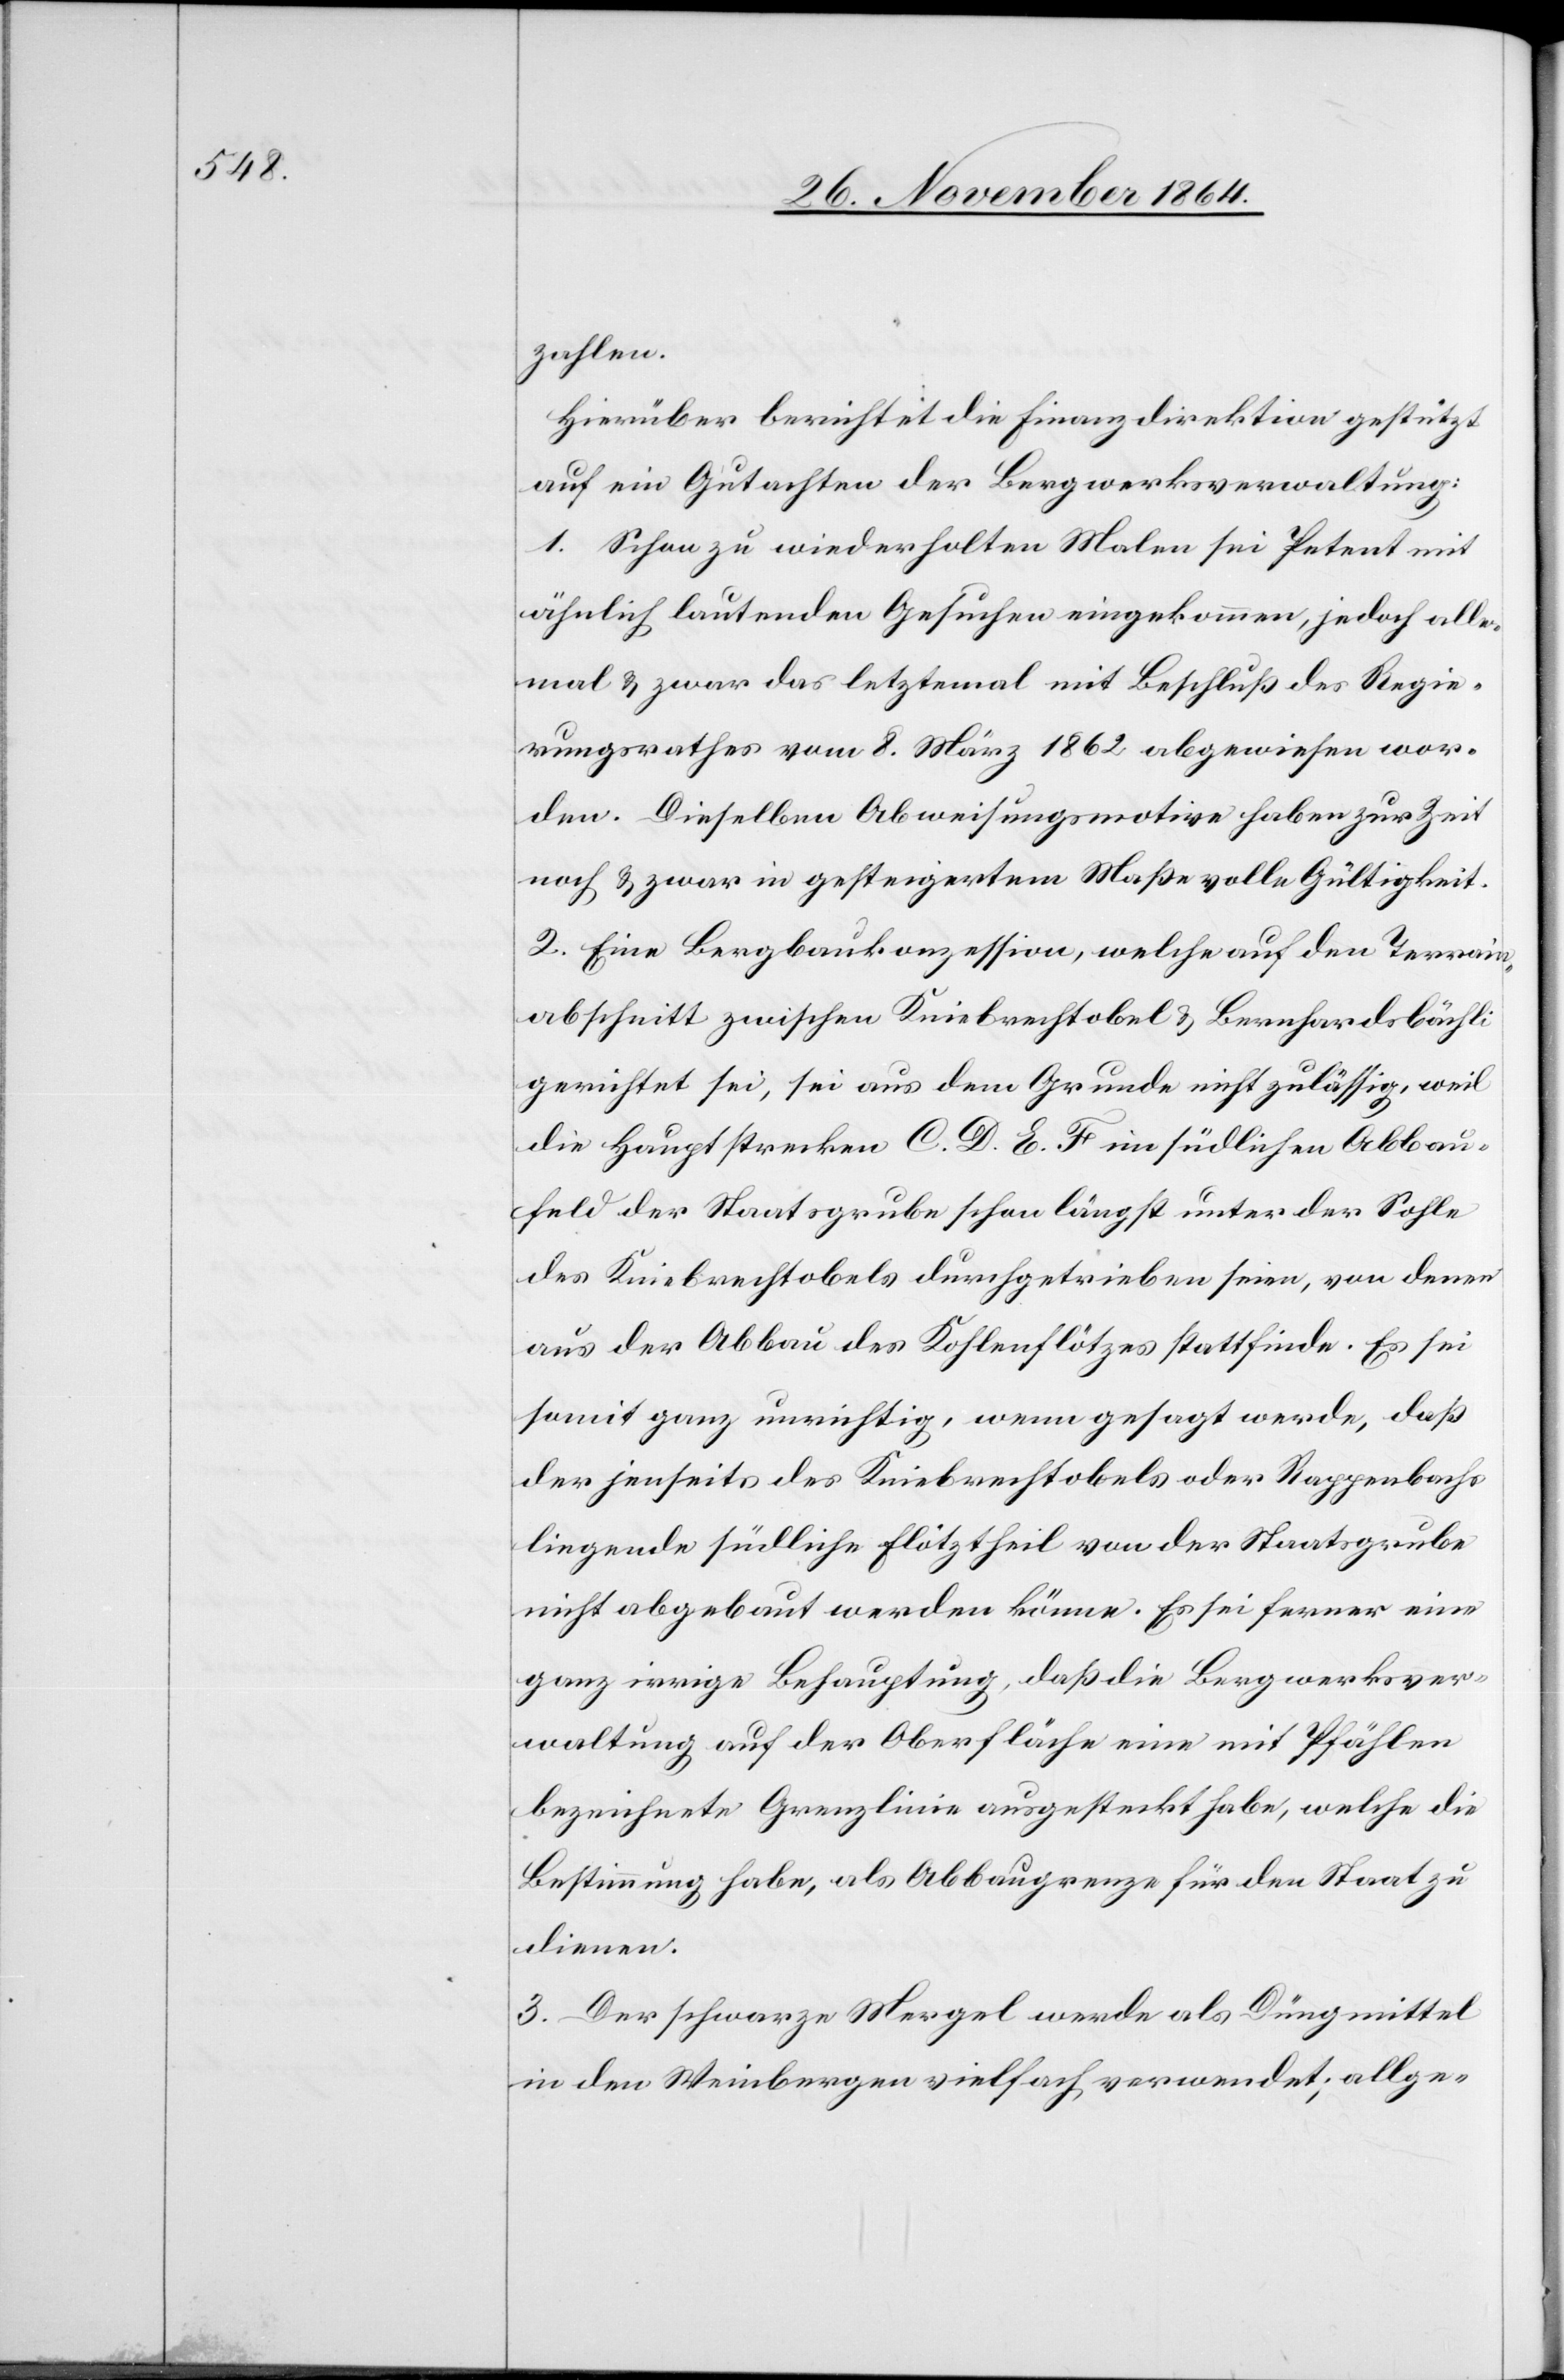
zahlen.
Hierüber berichtet die Finanzdirektion gestützt
auf ein Gutachten der Bergwerksverwaltung:
1. Schon zu wiederholten Malen sei Petent mit
ähnlich lautenden Gesuchen eingekommen, jedoch alle¬
mal & zwar das letztemal mit Beschluß des Regie¬
rungsrathes vom 8. März 1862 abgewiesen wor¬
den. Dieselben Abweisungsmotive haben zur Zeit
noch & zwar in gesteigertem Maße volle Gültigkeit.
2. Eine Bergbaukonzession, welche auf den Terrain¬
abschnitt zwischen Kniebrechtobel & Bernhardsbächli
gerichtet sei, sei aus dem Grunde nicht zuläßig, weil
die Hauptstrecken C. D. E. F im südlichen Abbau¬
feld der Staatsgrube schon längst unter der Sohle
des Kniebrechtobels durchgetrieben seien, von denen
aus der Abbau des Kohleflötzes stattfinde. Es sei
somit ganz unrichtig, wenn gesagt werde, daß
der jenseits des Kniebrechtobels oder Rappenbachs
liegende südliche Flötztheil von der Staatsgrube
nicht abgebaut werden könne. Es sei ferner eine
ganz irrige Behauptung, daß die Bergwerksver¬
waltung auf der Oberfläche eine mit Pfählen
bezeichnete Grenzlinie ausgesteckt habe, welche die
Bestimmung habe, als Abbaugrenze für den Staat zu
dienen.
3. Der schwarze Mergel werde als Düngemittel
in den Weinbergen vielfach verwendet; allge-